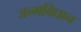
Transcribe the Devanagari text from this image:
जन्मविधान